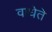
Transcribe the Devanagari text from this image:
वाधेते